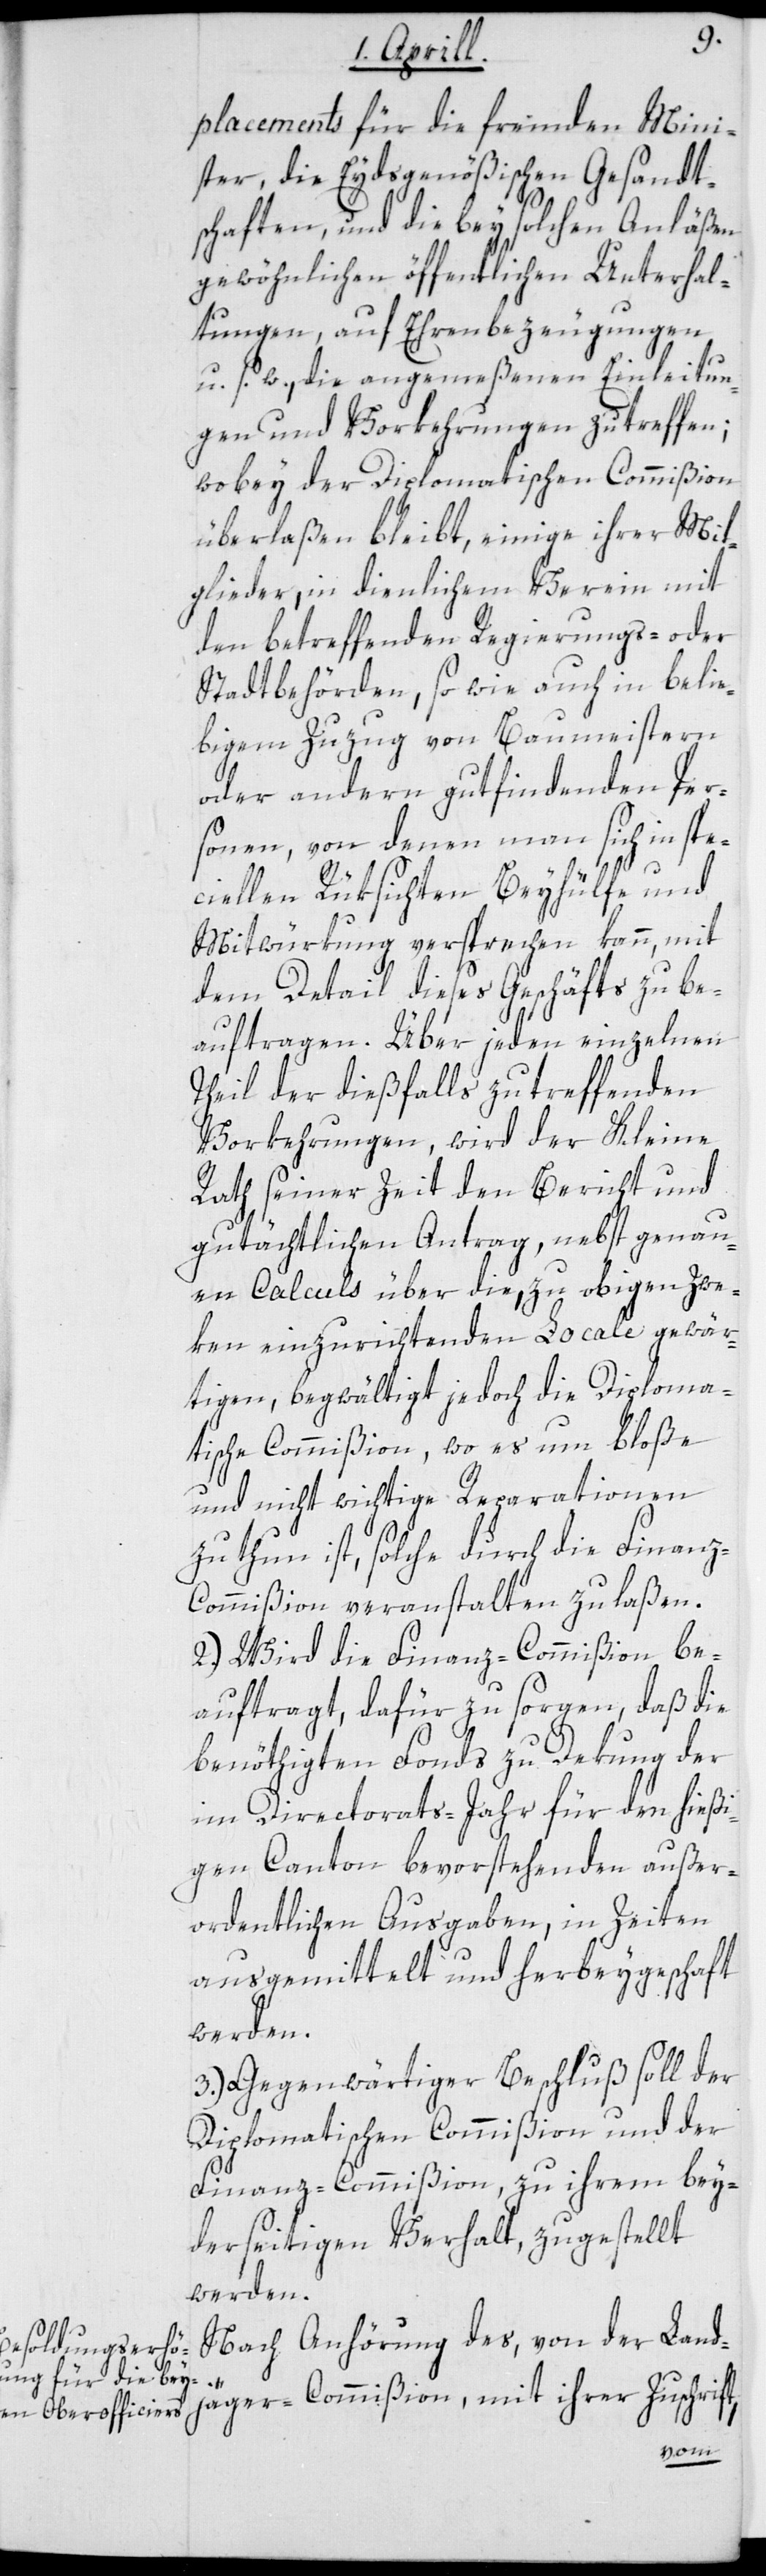
placements für die fremden Mini¬
ster, die Eydsgenößischen Gesandt¬
schaften, und die bey solchen Anläßen
gewöhnlichen öffentlichen Unterhal¬
tungen, auf Ehrenbezeugungen
u.s.w., die angemeßenen Einleitun¬
gen und Vorkehrungen zu treffen;
wobey der Diplomatischen Commißion
überlaßen bleibt, einige ihrer Mit¬
glieder, in dienlichem Verein mit
den betreffenden Regierungs- oder
Stadtbehörden, sowie auch in belie¬
bigem Zuzug von Baumeistern
oder andern gutfindenden Per¬
sonen, von denen man sich in spe¬
ciellen Rüksichten Beyhülfe und
Mitwürkung versprechen kann, mit
dem Detail dieses Geschäfts zu be¬
auftragen. Über jeden einzelnen
Theil der dießfalls zu treffenden
Vorkehrungen, wird der Kleine
Rath seiner Zeit den Bericht und
gutächtlichen Antrag, nebst genau¬
en Calculs über die, zu obigen Zwe¬
ken einzurichtenden Locale gewär¬
tigen, begwältigt jedoch die Diploma¬
tische Commißion, wo es um bloße
und nicht wichtige Reparationen
zu thun ist, solche durch die Finan¬
z-Commißion veranstalten zu laßen.
2.) Wird die Finanz-Commißion be¬
auftragt, dafür zu sorgen, daß die
benöthigten Fonds zu Dekung der
im Directorats-Jahr für den hießi¬
gen Canton bevorstehenden außer¬
ordentlichen Ausgaben, in Zeiten
ausgemittelt und herbeygeschafft
werden.
3.) Gegenwärtiger Beschluß soll der
Diplomatischen Commißion und der
Finanz-Commißion zu ihrem bey¬
derseitigen Verhalt zugestellt
werden.
Nach Anhörung des, von der Landj¬
ßion,